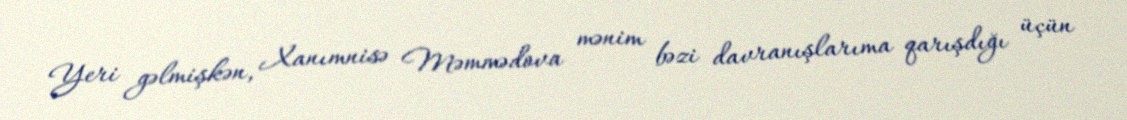
Yeri gəlmişkən, Xanımnisə Məmmədova mənim bəzi davranışlarıma qarışdığı üçün